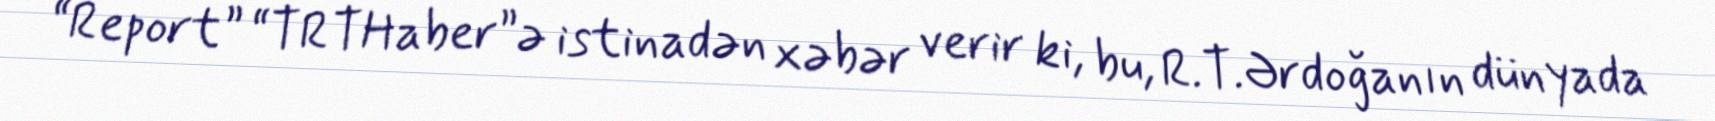
“Report” “TRTHaber”ə istinadən xəbər verir ki, bu, R.T.Ərdoğanın dünyada